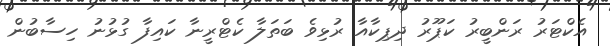
އެކްޓަރު ރަންބީރު ކަޕޫރު ދިޕިކާއާ ރުޅިވެ ބަތަލާ ކެޓްރީނާ ކައިފާ ގުޅުނު ހިސާބުން